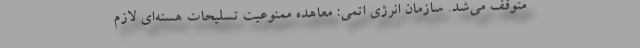
متوقف ‌می‌شد. سازمان انرژی اتمی: معاهده ممنوعیت تسلیحات هسته‌ای لازم